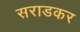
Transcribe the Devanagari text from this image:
सराडकर